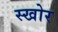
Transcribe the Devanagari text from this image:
स्खोर